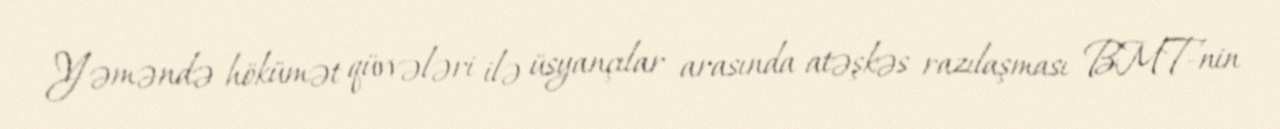
Yəməndə hökümət qüvvələri ilə üsyançılar arasında atəşkəs razılaşması BMT-nin